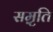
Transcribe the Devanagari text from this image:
सम़ृति